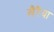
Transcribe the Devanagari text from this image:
खैरैया